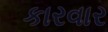
કારવાર